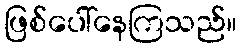
ဖြစ်ပေါ်နေကြသည်။